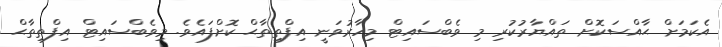
އެކަމަށް ޙާއްސަކޮށް ތައްޔާރުކުރި މި ވެބްސައިޓް މިހާރުވަނީ އިފްތިތާޙް ކޮށްފައެވެ. މިވެބްސައިޓް އިފްތިތާޙް